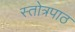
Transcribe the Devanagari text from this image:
स्तोत्रपाठ